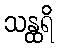
သန္ထရိ